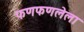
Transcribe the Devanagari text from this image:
फणफणलेला